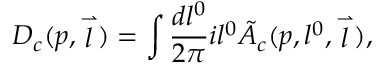
D _ { c } ( p , \stackrel { \rightharpoonup } { l } ) = \int \frac { d l ^ { 0 } } { 2 \pi } i l ^ { 0 } \tilde { A } _ { c } ( p , l ^ { 0 } , \stackrel { \rightharpoonup } { l } ) ,